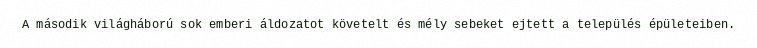
A második világháború sok emberi áldozatot követelt és mély sebeket ejtett a település épületeiben.